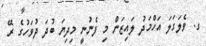
ގ. ވެލަގަލަ އަހްމަދު ލައިޒަން މި ފެނުނީ މިދިޔަ ބުދަ ދުވަހުގެ ރޭ